Indian journal of veterinary science and animal husbandry - Volume 9,
Year: 1939
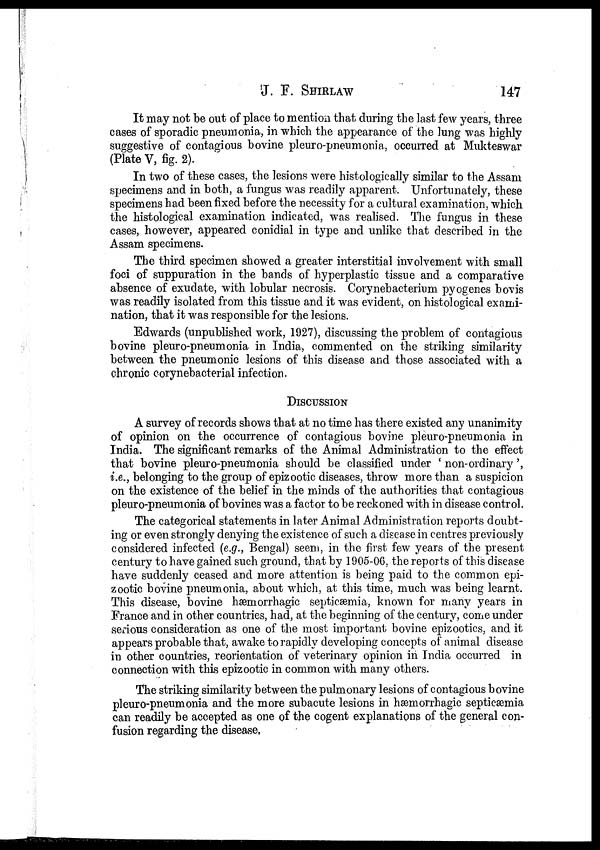
J. F.
SHIRLAW
147
It may not be out of place to mention that during the last few years, three
cases of sporadic pneumonia, in which the appearance of the lung was highly
suggestive of contagious bovine pleuro-pneumonia, occurred at Mukteswar
(Plate V, fig. 2).
In two of these cases, the lesions were histologically similar to the Assam
specimens and in both, a fungus was readily apparent. Unfortunately, these
specimens had been fixed before the necessity for a cultural examination, which
the histological examination indicated, was realised. The fungus in these
cases, however, appeared conidial in type and unlike that described in the
Assam specimens.
The third specimen showed a greater interstitial involvement with small
foci of suppuration in the bands of hyperplastic tissue and a comparative
absence of exudate, with lobular necrosis. Corynebacterium pyogenes bovis
was readily isolated from this tissue and it was evident, on histological exami-
nation, that it was responsible for the lesions.
Edwards (unpublished work, 1927), discussing the problem of contagious
bovine pleuro-pneumonia in India, commented on the striking similarity
between the pneumonic lesions of this disease and those associated with a
chronic corynebacterial infection.
DISCUSSION
A survey of records shows that at no time has there existed any unanimity
of opinion on the occurrence of contagious bovine pleuro-pneumonia in
India. The significant remarks of the Animal Administration to the effect
that bovine pleuro-pneumonia should be classified under ' non-ordinary',
i.e., belonging to the group of epizootic diseases, throw more than a suspicion
on the existence of the belief in the minds of the authorities that contagious
pleuro-pneumonia of bovines was a factor to be reckoned with in disease control.
The categorical statements in later Animal Administration reports doubt-
ing or even strongly denying the existence of such a disease in centres previously
considered infected (e.g., Bengal) seem, in the first few years of the present
century to have gained such ground, that by 1905-06, the reports of this disease
have suddenly ceased and more attention is being paid to the common epi-
zootic bovine pneumonia, about which, at this time, much was being learnt.
This disease, bovine hæmorrhagic septicæmia, known for many years in
France and in other countries, had, at the beginning of the century, come under
serious consideration as one of the most important bovine epizootics, and it
appears probable that, awake to rapidly developing concepts of animal disease
in other countries, reorientation of veterinary opinion in India occurred in
connection with this epizootic in common with many others.
The striking similarity between the pulmonary lesions of contagious bovine
pleuro-pneumonia and the more subacute lesions in hæmorrhagic septicæmia
can readily be accepted as one of the cogent explanations of the general con-
fusion regarding the disease.